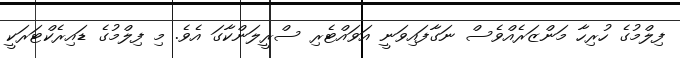
ފިލްމުގެ ހުރިހާ މަންޒަރެއްވެސް ނަގާފައިވަނީ އަވައްޓެރި ސްރީލަންކާގަ އެވެ. މި ފިލްމުގެ ޑައިރެކްޓަރަކީ